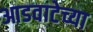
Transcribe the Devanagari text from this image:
आडवाटेच्या